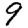
Digit: 9